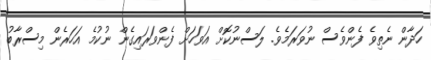
ހަދާން ނެތިވެ ފެންވެސް ނުވަރަމެވެ. ލަސްނުކޮށް އަވަހަށް ފެންވަރައިގެން ނުކުމެ އަހަރެން މިސްރާބު